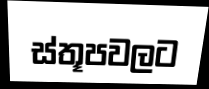
ස්තූපවලට